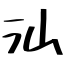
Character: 汕